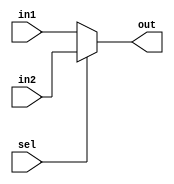
module mux_2_1 #(parameter SIZE = 16)
(
 input sel,
 input [SIZE-1:0] in1,
 input [SIZE-1:0] in2,
 output [SIZE-1:0] out
);
assign out = (sel == 0) ? in1 : in2;
endmodule